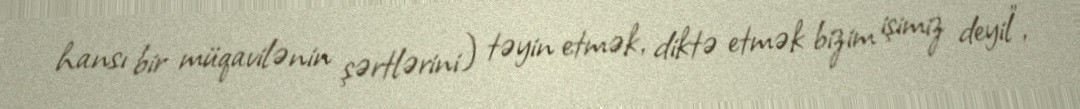
hansı bir müqavilənin şərtlərini) təyin etmək, diktə etmək bizim işimiz deyil”,